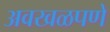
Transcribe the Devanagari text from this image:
अवखळपणे